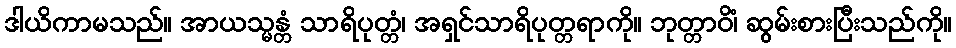
ဒါယိကာမသည်။ အာယသ္မန္တံ သာရိပုတ္တံ၊ အရှင်သာရိပုတ္တရာကို။ ဘုတ္တာဝိံ၊ ဆွမ်းစားပြီးသည်ကို။